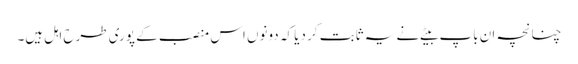
چنانچہ ان باپ بیٹے نے یہ ثابت کر دیا کہ دونوں اس منصب کے پوری طرح اہل ہیں۔